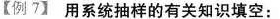
【例7】用系统抽样的有关知识填空：